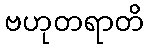
ဗဟုတရာတိ